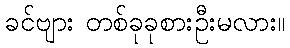
ခင်ဗျား တစ်ခုခုစားဦးမလား။